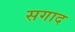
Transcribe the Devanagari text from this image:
सगाद